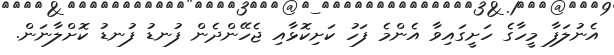
އެނުލަފާ މީހާގެ ހަށީގައިވާ އެންމެ ފަހު ކަށިކޮޅާއި ޖެހޭންދެން ފުނޑު ފުނޑު ކޮށްލާނަން.